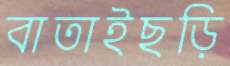
বাতাইছড়ি